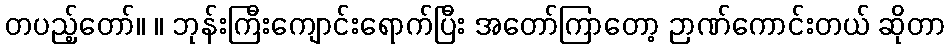
တပည့်တော်။ ။ ဘုန်းကြီးကျောင်းရောက်ပြီး အတော်ကြာတော့ ဉာဏ်ကောင်းတယ် ဆိုတာ